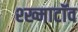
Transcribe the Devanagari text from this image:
श्ख्माटॉव